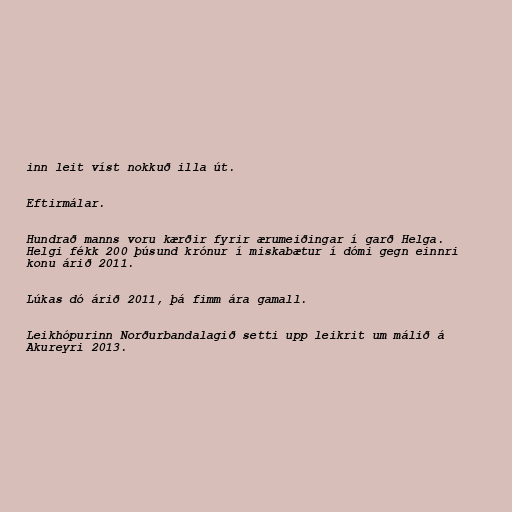
inn leit víst nokkuð illa út.

Eftirmálar.

Hundrað manns voru kærðir fyrir ærumeiðingar í garð Helga.
Helgi fékk 200 þúsund krónur í miskabætur í dómi gegn einnri
konu árið 2011.

Lúkas dó árið 2011, þá fimm ára gamall.

Leikhópurinn Norðurbandalagið setti upp leikrit um málið á
Akureyri 2013.